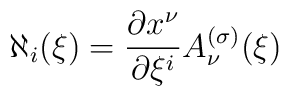
\aleph_i(\xi)={\partial x^\nu\over\partial\xi^i}A^{(\sigma)}_\nu(\xi)